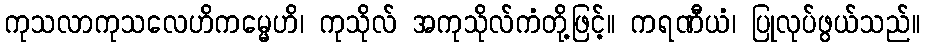
ကုသလာကုသလေဟိကမ္မေဟိ၊ ကုသိုလ် အကုသိုလ်ကံတို့ဖြင့်။ ကရဏီယံ၊ ပြုလုပ်ဖွယ်သည်။